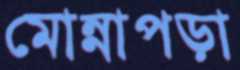
মোন্নাপড়া